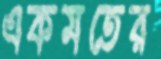
একমতের